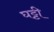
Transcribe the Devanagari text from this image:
घट्टी